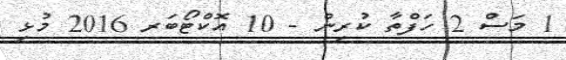
1 މަސް 2 ހަފްތާ ކުރިން - 10 އޮކްޓޯބަރ 2016 މުޅި